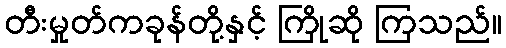
တီးမှုတ်ကခုန်တို့နှင့် ကြိုဆို ကြသည်။